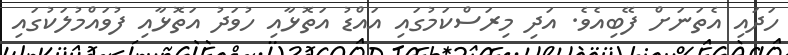
ހަދައި އެތަނަށް ފޭބިއެވެ. އަދި މިރަސްކަމުގައި އައްޑު އަތޮޅާއި ހުވަދު އަތޮޅާއި ފުވައްމުލަކުގައި